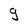
Character: g